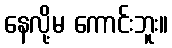
နေလို့မ ကောင်းဘူး။